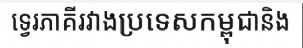
ទ្វេរភាគីរវាងប្រទេសកម្ពុជានិង